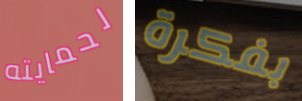
لحمايته بفكرة